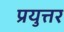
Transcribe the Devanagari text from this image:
प्रयुत्तर